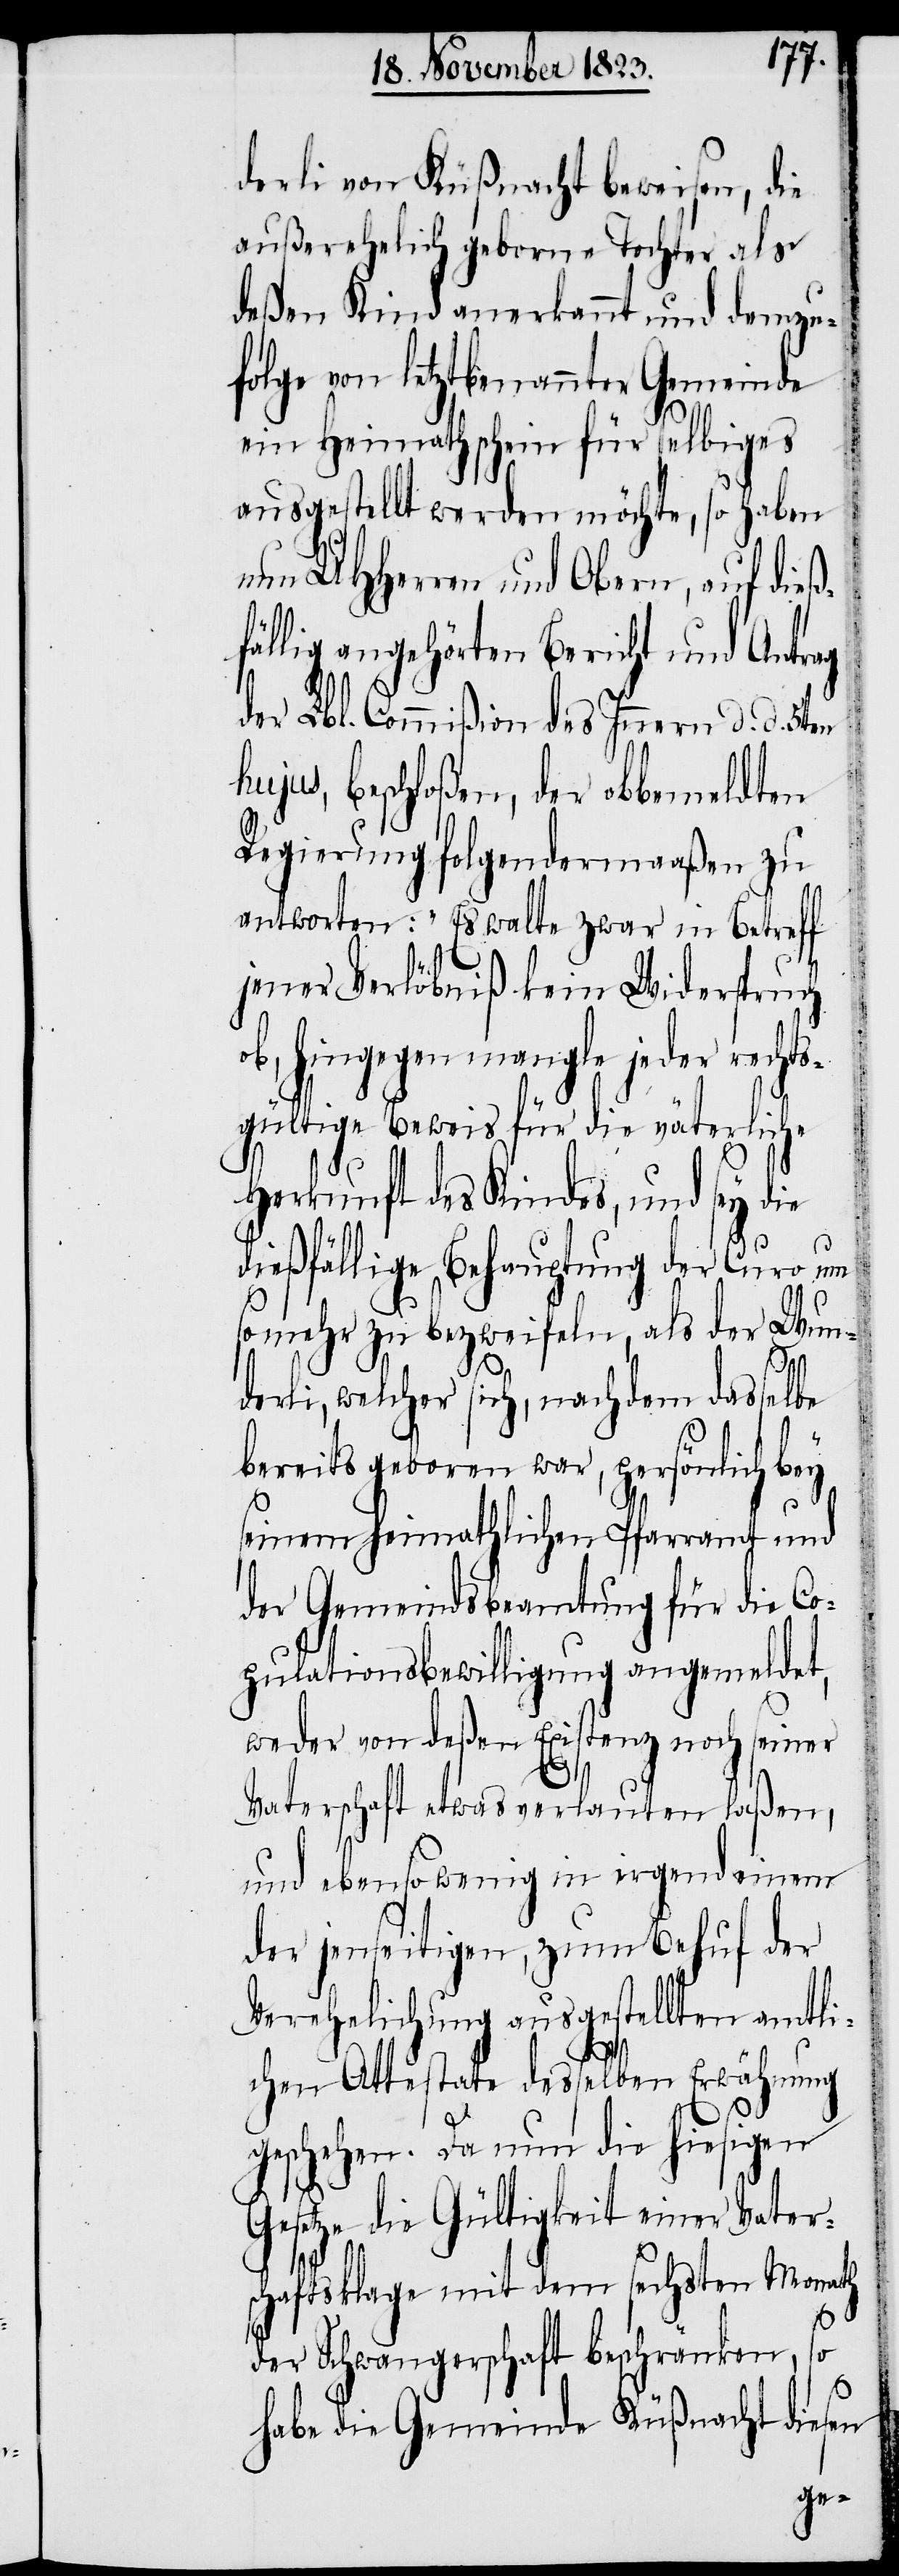
derli von Küßnacht beweisen, die
außerehelich geborne Tochter als
deßen Kind anerkannt und demzu¬
folge von letztbenannter Gemeinde
ein Heimathschein für selbiges
ausgestellt werden möchte, so haben
nun UHHerren und Obern, auf dieß¬
fällig angehörten Bericht und Antrag
der Lbl. Commißion des Innern d. d. 5ten
hujus, beschloßen, der obbemeldten
Regierung folgendermaaßen zu
antworten: „Es walte zwar in Betreff
jener Verlöbniß kein Widerspruch
ob, hingegen mangle jeder rechts¬
gültige Beweis für die väterliche
Herkunft des Kindes, und sey die
dießfällige Behauptung der Curo um
so mehr zu bezweifeln, als der Wun¬
derli, welcher sich, nachdem dasselbe
bereits geboren war, persönlich bey
seinem heimathlichen Pfarramt und
der Gemeindsbeamtung für die Co¬
pulationsbewilligung angemeldet,
weder von deßen Existenz noch seiner
Vaterschaft etwas verlauten laßen,
und ebensowenig in irgend einem
der jenseitigen, zum Behuf der
Verehelichung ausgestellten amtli¬
chen Atteste desselben Erwähnung
geschehen. Da nun die hiesigen
Gesetze die Gültigkeit einer Vater¬
schaftsklage mit dem sechsten Monath
der Schwangerschaft beschränken, so
habe die Gemeinde Küßnacht diesen